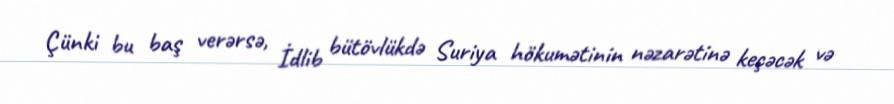
Çünki bu baş verərsə, İdlib bütövlükdə Suriya hökumətinin nəzarətinə keçəcək və